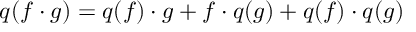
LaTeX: q ( f \cdot g ) = q ( f ) \cdot g + f \cdot q ( g ) + q ( f ) \cdot q ( g )